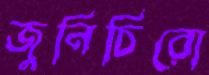
জুনিচিরো